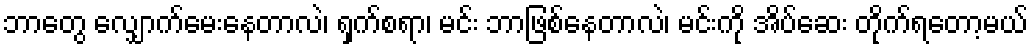
ဘာတွေ လျှောက်မေးနေတာလဲ၊ ရှက်စရာ၊ မင်း ဘာဖြစ်နေတာလဲ၊ မင်းကို အိပ်ဆေး တိုက်ရတော့မယ်